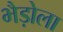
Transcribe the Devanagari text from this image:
भैड़ोला